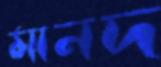
মানদ